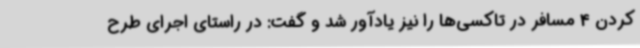
کردن 4 مسافر در تاکسی‌ها را نیز یادآور شد و گفت: در راستای اجرای طرح